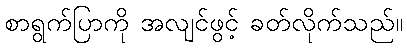
စာရွက်ပြာကို အလျင်ဖွင့် ခတ်လိုက်သည်။